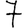
Digit: 7